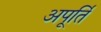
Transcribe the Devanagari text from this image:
अपूर्ति